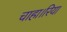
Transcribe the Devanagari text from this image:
चाहा।रिया